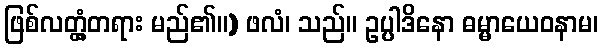
ဖြစ်လတ္တံ့တရား မည်၏။) ဖလံ၊ သည်။ ဥပ္ပါဒိနော ဓမ္မာယေဝနာမ၊